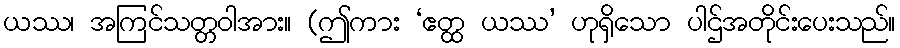
ယဿ၊ အကြင်သတ္တဝါအား။ (ဤကား ‘ဧတ္ထ ယဿ’ ဟုရှိသော ပါဌ်အတိုင်းပေးသည်။